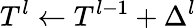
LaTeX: T^{l}\gets T^{l-1}+\Delta^{l}